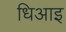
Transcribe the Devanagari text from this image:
धिआइ